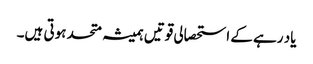
یاد رہے کے استحصالی قوتیں ہمیشہ متحد ہوتی ہیں۔